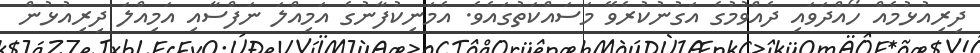
ދިރިއުޅުމެއް ހޯއްދަވައި ދެއްވުމުގެ އަގުނުކުރެވޭ މަސައްކަތުގައެވެ. އެމަނިކުފާނުގެ އަމިއްލަ ނަފްސާއި އަމިއްލަ ދިރިއުޅުން